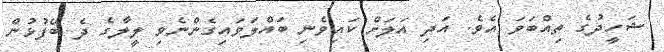
ޝަހީދުގެ ތިއްބަވަ އެވެ. އަދި އަލަށް ކައިވެނި ބައްލަވައިގެންނެވި ލީލާގެ ދެ ބޭފުޅުން